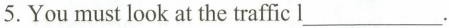
5.You must look at the traffic l ___